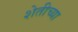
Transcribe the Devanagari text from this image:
शेतीच्‍या